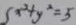
5 x ^ { 2 } + y ^ { 2 } = 5